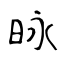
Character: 昹